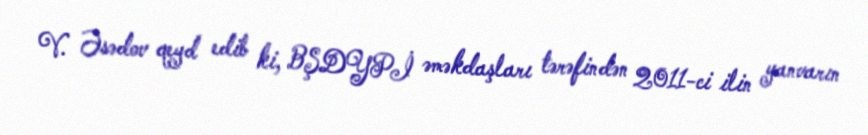
V. Əsədov qeyd edib ki, BŞDYPİ əməkdaşları tərəfindən 2011-ci ilin yanvarın